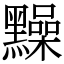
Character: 䵲